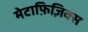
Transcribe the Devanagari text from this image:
मेटाफ़िज़िक्स